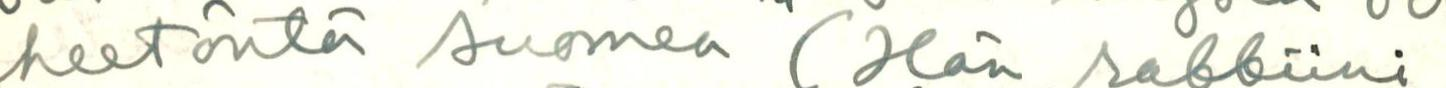
heetöntä suomea (Hän rabbiini